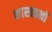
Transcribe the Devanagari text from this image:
शास्त्रतत्वों